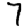
Digit: 7